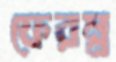
ফেরম্ন